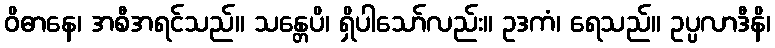
ဝိဓာနေ၊ အစီအရင်သည်။ သန္တေပိ၊ ရှိပါသော်လည်း။ ဥဒကံ၊ ရေသည်။ ဥပ္ပလာဒီနိ၊